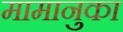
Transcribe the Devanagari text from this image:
मामानुका